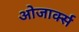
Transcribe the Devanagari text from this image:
ओजार्क्स